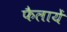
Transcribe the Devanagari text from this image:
फैलायें